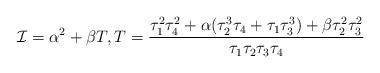
LaTeX: \begin{align*} \mathcal I = \alpha^2+\beta T,T=\frac{\tau_{1}^2\tau_{4}^2+\alpha(\tau_{2}^3\tau_{4}+\tau_{1}\tau_{3}^3)+\beta\tau_{2}^2\tau_{3}^2}{\tau_{1}\tau_{2}\tau_{3}\tau_{4}}\end{align*}